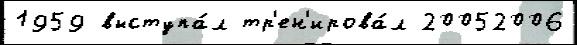
1959 выступа́л тр'ен'ирова́л 20052006